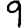
Digit: 9